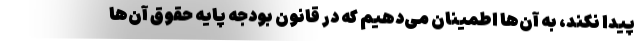
پیدا نکند، به آن‌ها اطمینان می‌دهیم که در قانون بودجه پایه حقوق آن‌ها